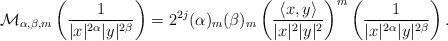
LaTeX: \begin{align*} \mathcal M_{\alpha, \beta, m}\left(\frac{1}{|x|^{2\alpha}|y|^{2\beta}}\right)= 2^{2j}(\alpha)_m (\beta)_m\left( \frac{\langle x, y\rangle}{|x|^{2}|y|^{2}}\right)^m\left(\frac{1}{|x|^{2\alpha}|y|^{2\beta}}\right).\end{align*}